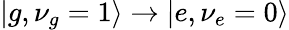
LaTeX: |g,\nu_{g}=1\rangle\rightarrow|e,\nu_{e}=0\rangle